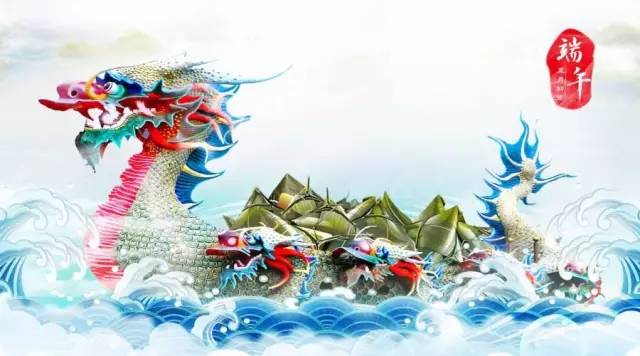
鼙鼓动时雷隐隐，兽头凌处雪微微。